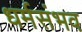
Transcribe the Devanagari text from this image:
धर्मसंभव